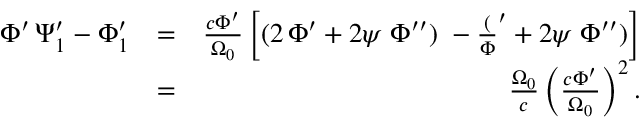
\begin{array} { r l r } { \Phi ^ { \prime } \, \Psi _ { 1 } ^ { \prime } - \Phi _ { 1 } ^ { \prime } } & { = } & { \frac { c \Phi ^ { \prime } } { \Omega _ { 0 } } \left[ ( 2 \, \Phi ^ { \prime } + 2 \psi \; \Phi ^ { \prime \prime } ) \; - \frac ( \Phi ^ { \prime } + 2 \psi \; \Phi ^ { \prime \prime } ) \right] } \\ & { = } & { \frac { \Omega _ { 0 } } { c } \left( \frac { c \Phi ^ { \prime } } { \Omega _ { 0 } } \right) ^ { 2 } . } \end{array}